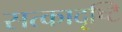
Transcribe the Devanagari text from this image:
सत्कादृष्टि